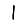
Digit: 1